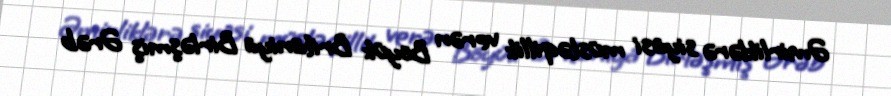
Əmirliklərə siyasi müstəqillik verən Böyük Britaniya Birləşmiş Ərəb